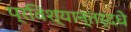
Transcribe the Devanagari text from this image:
प्रविश्यान्तर्दधे